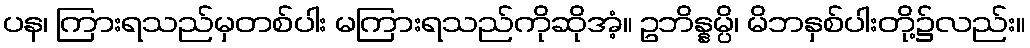
ပန၊ ကြားရသည်မှတစ်ပါး မကြားရသည်ကိုဆိုအံ့။ ဥဘိန္နမ္ပိ၊ မိဘနှစ်ပါးတို့၌လည်း။